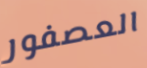
العصفور